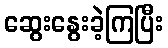
ဆွေးနွေးခဲ့ကြပြီး